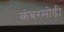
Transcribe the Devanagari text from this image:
कंबरमोडी